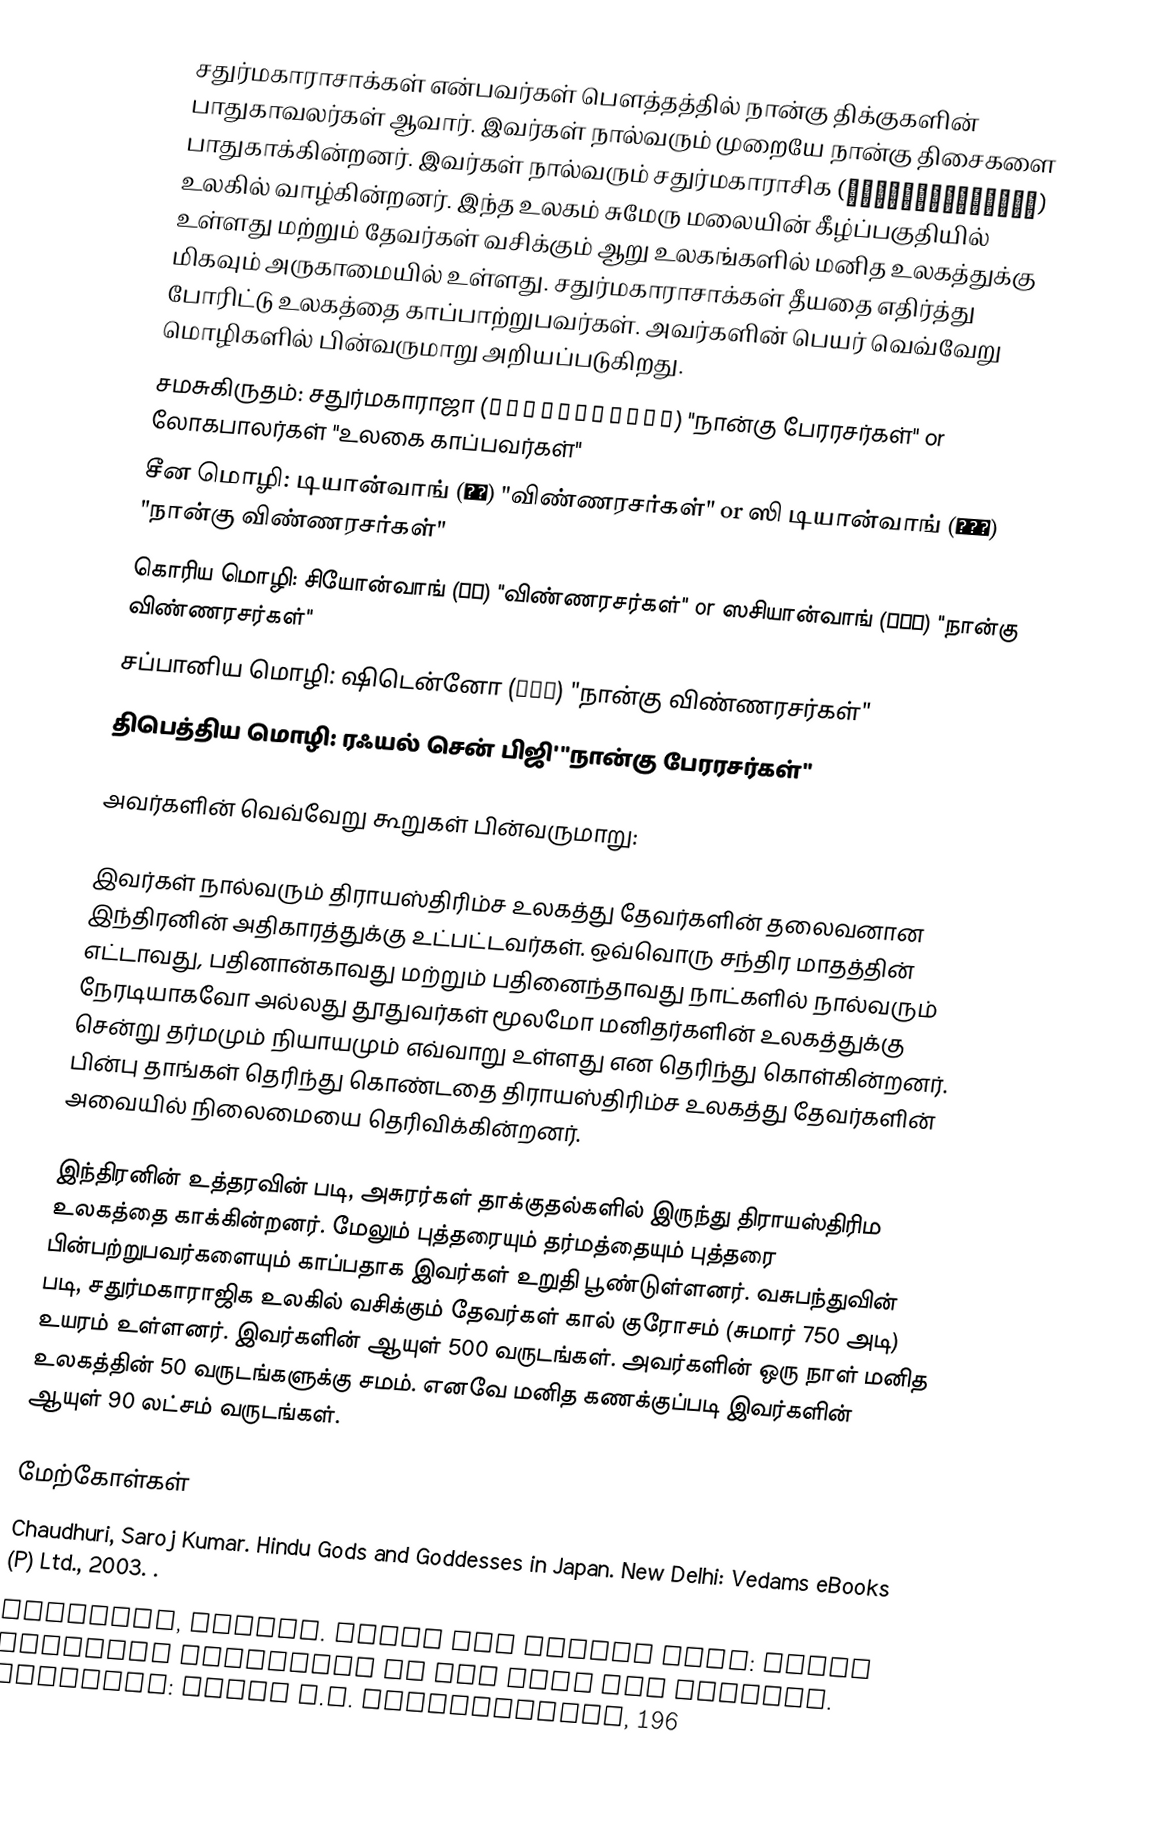
சதுர்மகாராசாக்கள் என்பவர்கள் பௌத்தத்தில் நான்கு திக்குகளின் பாதுகாவலர்கள் ஆவார். இவர்கள் நால்வரும் முறையே நான்கு திசைகளை பாதுகாக்கின்றனர். இவர்கள் நால்வரும் சதுர்மகாராசிக (चातुर्महाराजिक) உலகில் வாழ்கின்றனர். இந்த உலகம் சுமேரு மலையின் கீழ்ப்பகுதியில் உள்ளது மற்றும் தேவர்கள் வசிக்கும் ஆறு உலகங்களில் மனித உலகத்துக்கு மிகவும் அருகாமையில் உள்ளது. சதுர்மகாராசாக்கள் தீயதை எதிர்த்து போரிட்டு உலகத்தை காப்பாற்றுபவர்கள். அவர்களின் பெயர் வெவ்வேறு மொழிகளில் பின்வருமாறு அறியப்படுகிறது.
சமசுகிருதம்: சதுர்மகாராஜா (चतुर्महाराज) "நான்கு பேரரசர்கள்" or லோகபாலர்கள் "உலகை காப்பவர்கள்"
சீன மொழி: டியான்வாங் (天王) "விண்ணரசர்கள்" or ஸி டியான்வாங் (四天王) "நான்கு விண்ணரசர்கள்"
கொரிய மொழி: சியோன்வாங் (천왕) "விண்ணரசர்கள்" or ஸசியான்வாங் (사천왕) "நான்கு விண்ணரசர்கள்"
சப்பானிய மொழி: ஷிடென்னோ (四天王) "நான்கு விண்ணரசர்கள்"
திபெத்திய மொழி: ரஃயல் சென் பிஜி' "நான்கு பேரரசர்கள்"

அவர்களின் வெவ்வேறு கூறுகள் பின்வருமாறு:

இவர்கள் நால்வரும் திராயஸ்திரிம்ச உலகத்து தேவர்களின் தலைவனான இந்திரனின்  அதிகாரத்துக்கு உட்பட்டவர்கள். ஒவ்வொரு சந்திர மாதத்தின் எட்டாவது, பதினான்காவது மற்றும் பதினைந்தாவது நாட்களில் நால்வரும் நேரடியாகவோ அல்லது தூதுவர்கள் மூலமோ மனிதர்களின் உலகத்துக்கு சென்று தர்மமும் நியாயமும் எவ்வாறு உள்ளது என தெரிந்து கொள்கின்றனர். பின்பு தாங்கள் தெரிந்து கொண்டதை திராயஸ்திரிம்ச உலகத்து தேவர்களின் அவையில் நிலைமையை தெரிவிக்கின்றனர்.

இந்திரனின் உத்தரவின் படி, அசுரர்கள் தாக்குதல்களில் இருந்து திராயஸ்திரிம உலகத்தை காக்கின்றனர். மேலும் புத்தரையும் தர்மத்தையும் புத்தரை பின்பற்றுபவர்களையும் காப்பதாக இவர்கள் உறுதி பூண்டுள்ளனர். வசுபந்துவின் படி, சதுர்மகாராஜிக உலகில் வசிக்கும் தேவர்கள் கால் குரோசம் (சுமார் 750 அடி) உயரம் உள்ளனர். இவர்களின் ஆயுள் 500 வருடங்கள். அவர்களின் ஒரு நாள் மனித உலகத்தின் 50 வருடங்களுக்கு சமம். எனவே மனித கணக்குப்படி இவர்களின் ஆயுள் 90 லட்சம் வருடங்கள்.

 மேற்கோள்கள்
 Chaudhuri, Saroj Kumar. Hindu Gods and Goddesses in Japan. New Delhi: Vedams eBooks (P) Ltd., 2003. .
 Nakamura, Hajime. Japan and Indian Asia: Their Cultural Relations in the Past and Present. Calcutta: Firma K.L. Mukhopadhyay, 196